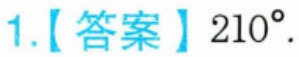
1.【答案】$210^{\circ}.$